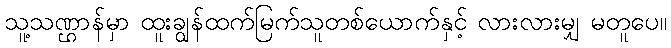
သူ့သဏ္ဌာန်မှာ ထူးချွန်ထက်မြက်သူတစ်ယောက်နှင့် လားလားမျှ မတူပေ။